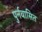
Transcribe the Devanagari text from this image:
पुर्नवासित